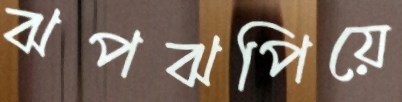
ঝপঝপিয়ে